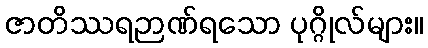
ဇာတိဿရဉာဏ်ရသော ပုဂ္ဂိုလ်များ။